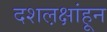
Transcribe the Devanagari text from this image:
दशल़क्षांहून